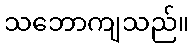
သဘောကျသည်။